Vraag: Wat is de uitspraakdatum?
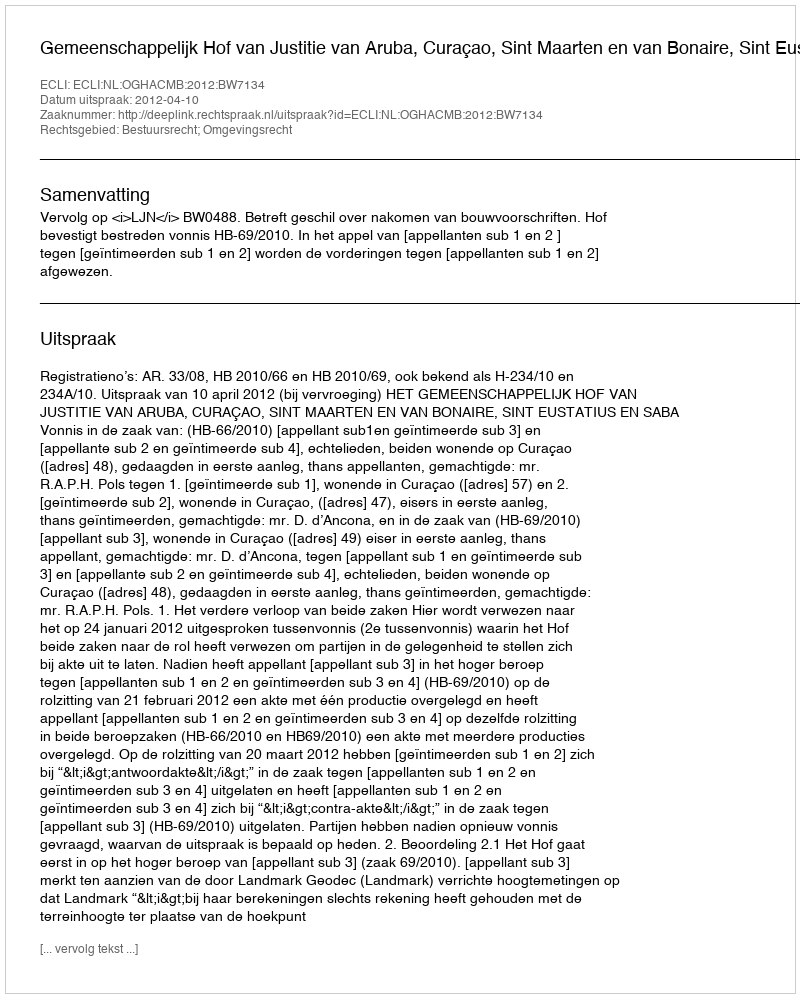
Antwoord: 2012-04-10